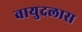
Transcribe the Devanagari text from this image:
वायुदलास